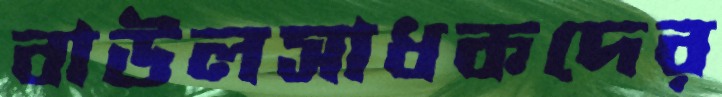
বাউলসাধকদের